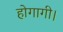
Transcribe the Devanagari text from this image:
होगागी।